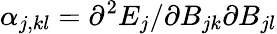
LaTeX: \alpha_{j,kl}=\partial^{2}E_{j}/\partial B_{jk}\partial B_{jl}